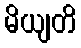
မိယျတိ